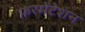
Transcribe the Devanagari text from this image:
फ़रमेंटेशन